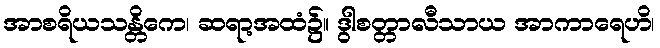
အာစရိယသန္တိကေ၊ ဆရာ့အထံ၌။ ဒွါစတ္တာလီသာယ အာကာရေဟိ၊